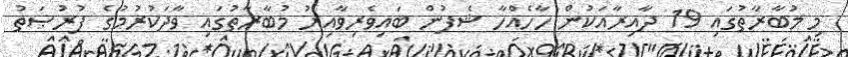
މި މުބާރާތުގައި 19 ދާއިރާއަކުން ހާހެއްހާ ޝެފުން ބައިވެރިވާއިރު މުބާރާތުގައި ވާދަކުރުމުގެ ފުރުޞަތު